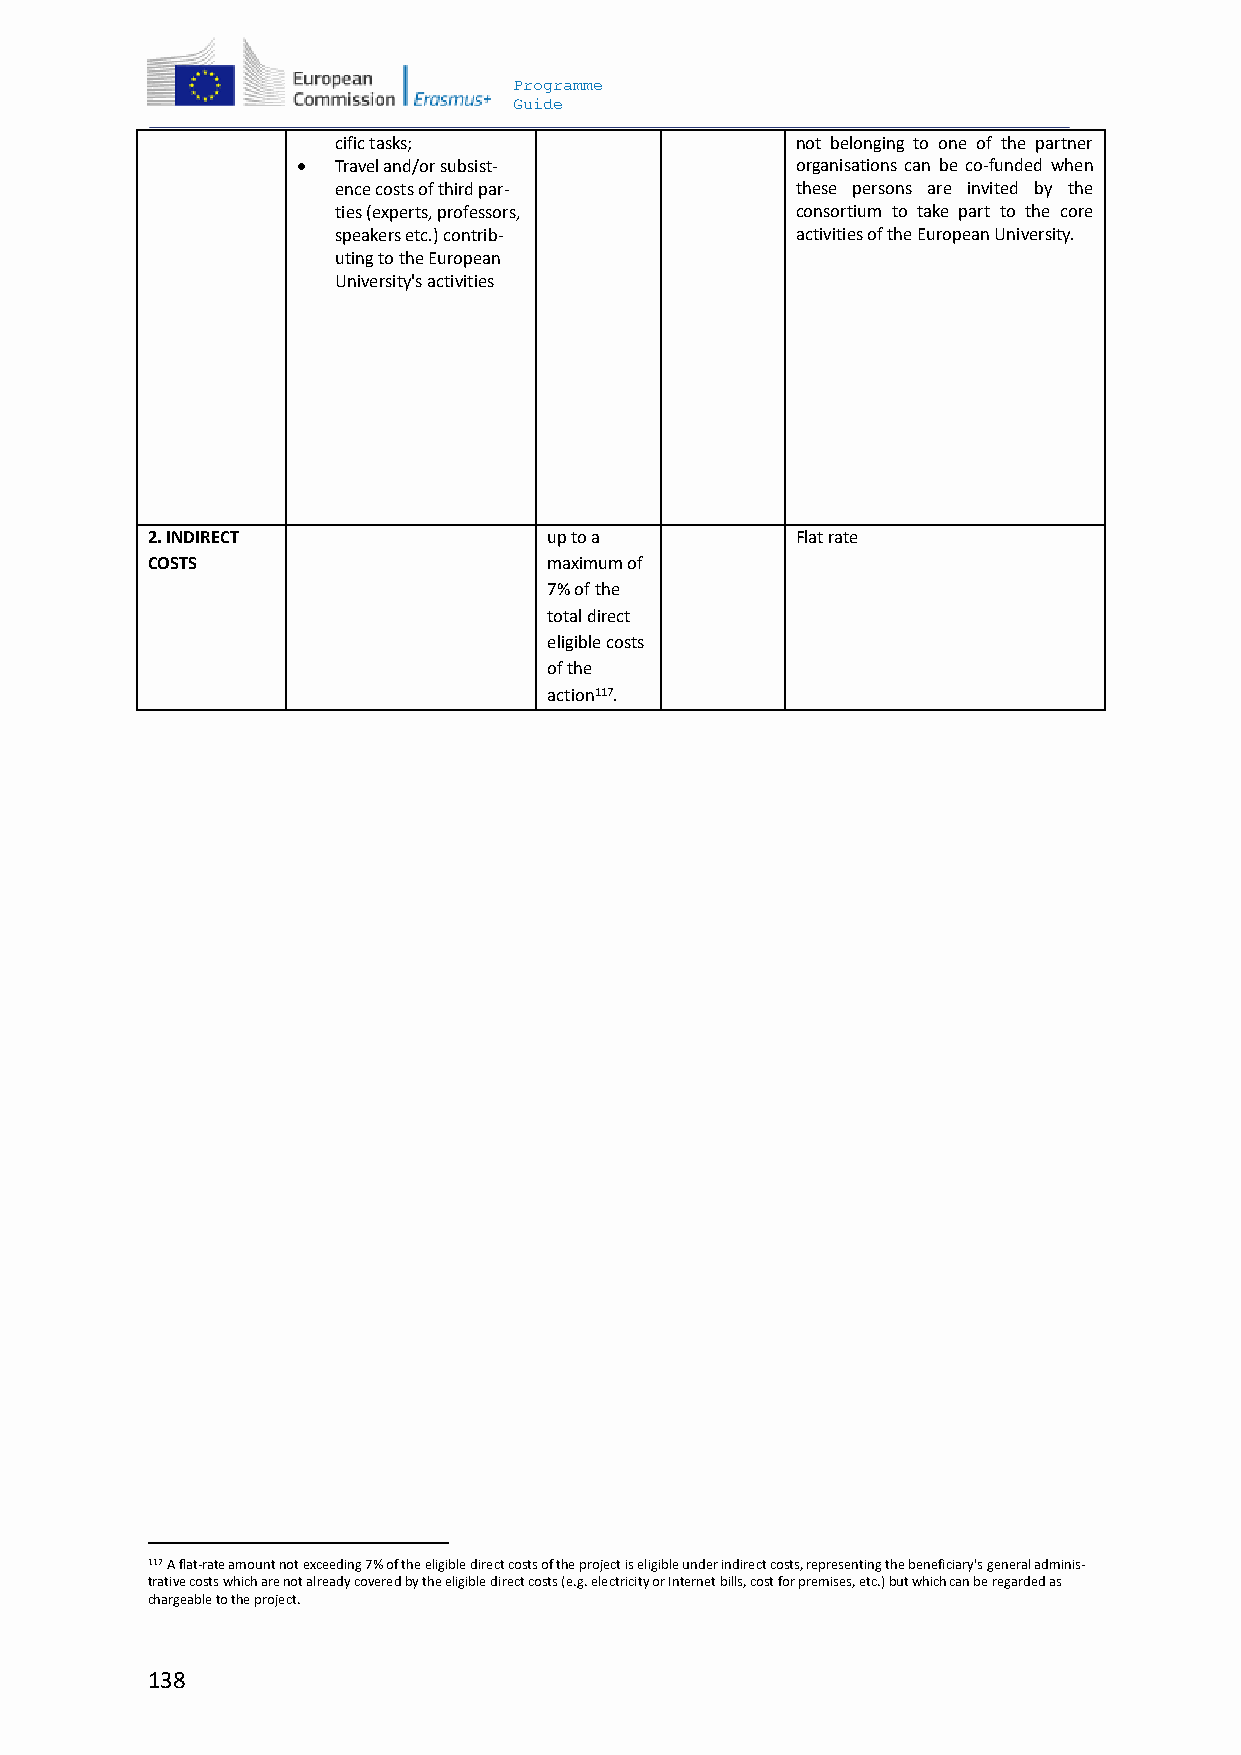
Programme
 Guide
 cific tasks;                   not belonging to one of the partner
  Travel and/or subsist-         organisations can be co-funded when
 ence costs of third par-       these persons are invited by the
 ties (experts, professors,     consortium to take part to the core
 speakers etc.) contrib-        activities of the European University.
 uting to the European
 University's activities
 2. INDIRECT               up to a          Flat rate
 COSTS                     maximum of
 7% of the
 total direct
 eligible costs
 of the
 action117.
 117 A flat-rate amount not exceeding 7% of the eligible direct costs of the project is eligible under indirect costs, representing the beneficiary's general adminis-
 trative costs which are not already covered by the eligible direct costs (e.g. electricity or Internet bills, cost for premises, etc.) but which can be regarded as
 chargeable to the project.
 138